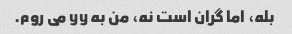
بله، اما گران است نه، من به yy می روم.